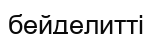
бейделитті